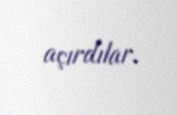
açırdılar.